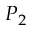
P _ { 2 }